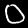
Label: 0